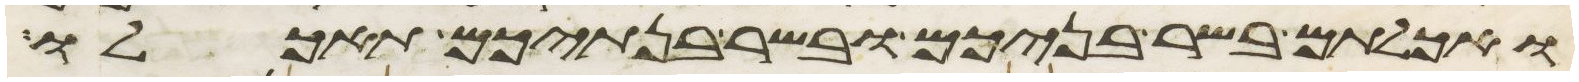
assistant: ואכלתם בשר בניכם ובשר בנתיכם תאכלו